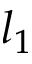
l _ { 1 }